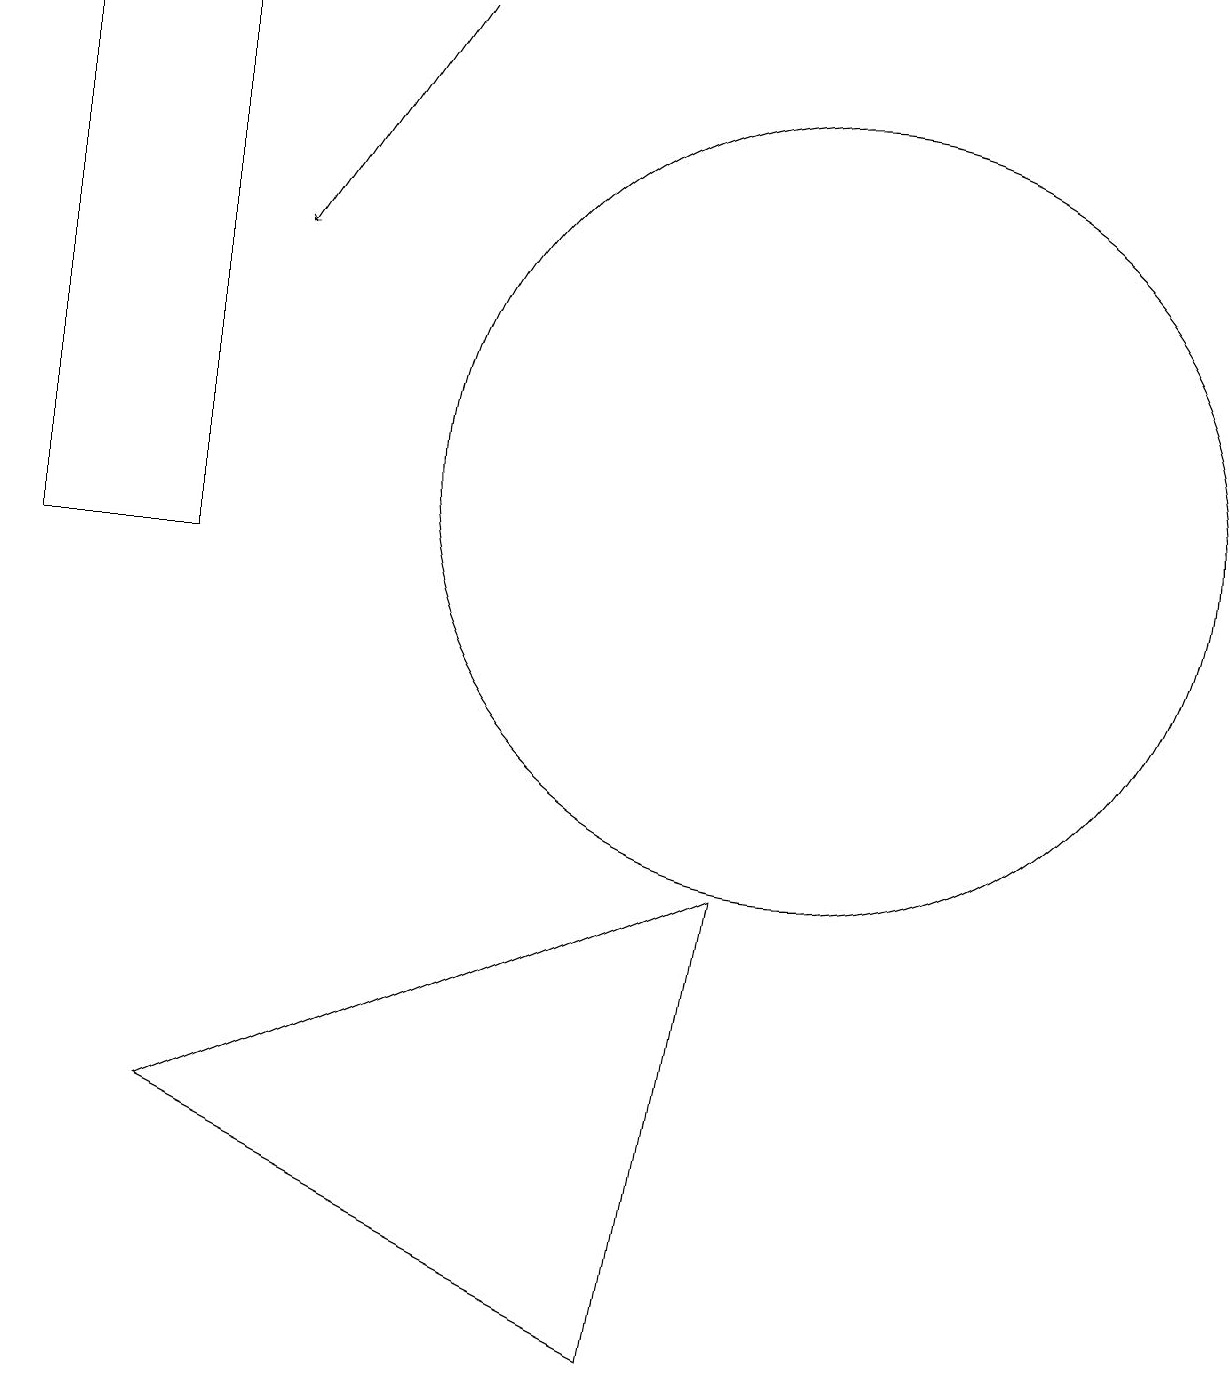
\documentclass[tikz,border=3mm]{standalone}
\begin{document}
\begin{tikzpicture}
\draw (10,11) circle (5);
\draw (2,3) -- (8,0) -- (9,6) -- cycle;
\draw[->] (5,17) -- (3,14);
\draw (0,17) rectangle (2,10);
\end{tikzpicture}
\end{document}